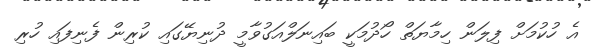
އެ ހުކުމަށް ފިލަން ހިމާޔަތް ހޯދުމަކީ ބައިނަލްއަގުވާމީ ދުނިޔޭގައި ކުރިން ފެނިފައި ހުރި